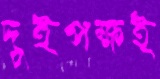
দুইপক্ষই